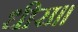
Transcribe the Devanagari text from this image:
धीरा॥